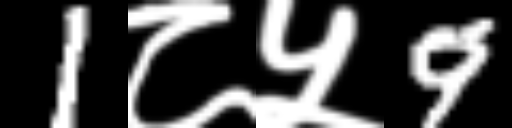
Text: 1८५9